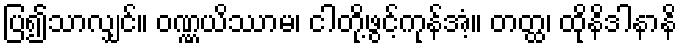
ပြ၍သာလျှင်။ ဝဏ္ဏယိဿာမ၊ ငါတို့ဖွင့်ကုန်အံ့။ တတ္ထ၊ ထိုနိဒါနာနိ